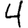
Digit: 4